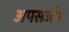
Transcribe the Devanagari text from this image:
अपसर्जन